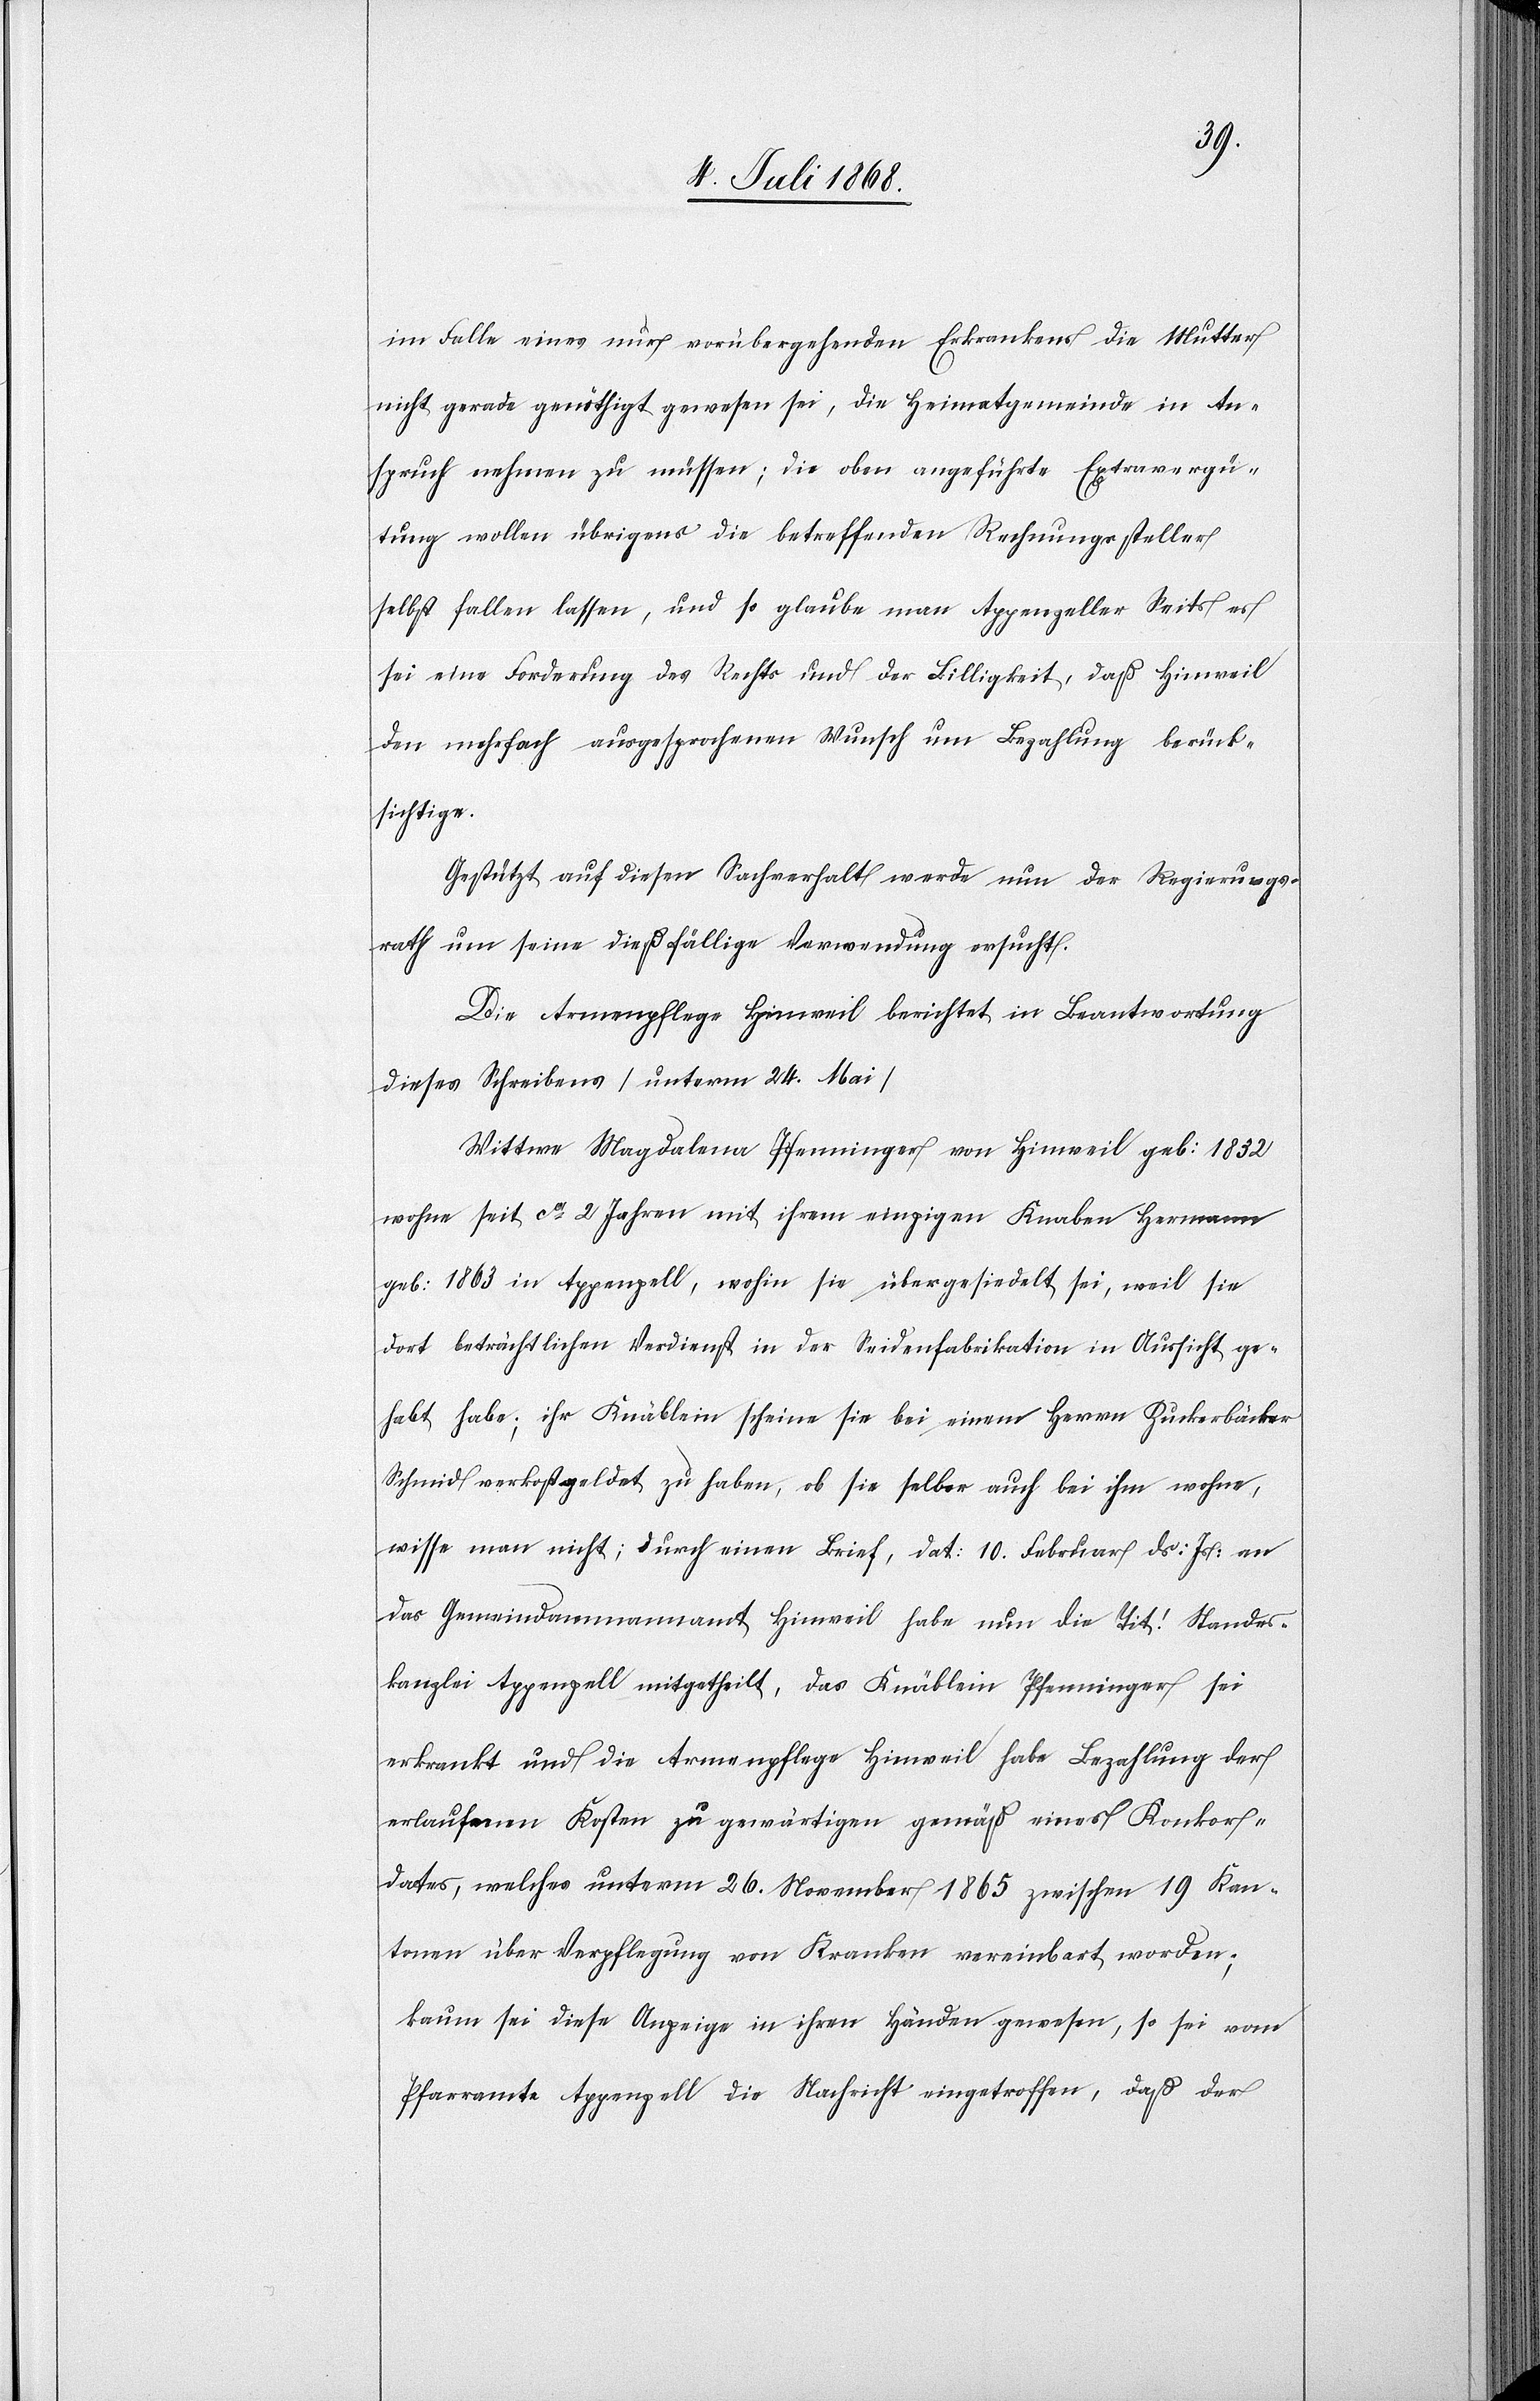
im Falle eines nur vorübergehenden Erkrankens die Mutter
nicht gerade genöthigt gewesen sei, die Heimatgemeinde in An¬
spruch nehmen zu müssen; die oben angeführte Extravergü¬
tung wollen übrigens die betreffenden Rechnungssteller
selbst fallen lassen, und so glaube man Appenzeller Seits es
sei eine Forderung des Rechts und der Billigkeit, daß Hinweil
den mehrfach ausgesprochenen Wunsch um Bezahlung berück¬
sichtige.
Gestützt auf diesen Sachverhalt werde nun der Regierungs¬
rath um seine dießfällige Verwendung ersucht.
Die Armenpflege Hinweil berichtet in Beantwortung
dieses Schreibens [unterm 24. Mai]
Wittwe Magdalena Pfenninger von Hinweil geb: 1832
wohne seit ca 2 Jahren mit ihrem einzigen Knaben Hermann
geb: 1863 in Appenzell, wohin sie übergesiedelt sei, weil sie
dort beträchtlichen Verdienst in der Seidenfabrikation in Aussicht ge¬
habt habe; ihr Knäblein scheine sie bei einem Herrn Zuckerbäcker
Schmid verkostgeldet zu haben, ob sie selber auch bei ihm wohne,
wisse man nicht; durch einen Brief, dat: 10. Februar ds: Js: an
das Gemeindammannamt Hinweil habe nun die Tit. Standes¬
kanzlei Appenzell mitgetheilt, das Knäblein Pfenninger sei
erkrankt und die Armenpflege Hinweil habe Bezahlung der
erlaufenen Kosten zu gewärtigen gemäß eines Konkor¬
dates, welches unterm 26. November 1865 zwischen 19 Kan¬
tonen über Verpflegung von Kranken vereinbart worden;
kaum sei diese Anzeige in ihren Händen gewesen, so sei vom
Pfarramte Appenzell die Nachricht eingetroffen, daß der